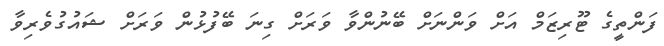
ފަންތީގެ ޓޫރިޒަމް އަށް ވަންނަށް ބޭނުންވާ ވަރަށް ގިނަ ބޭފުޅުން ވަރަށް ޝައުގުވެރިވާ